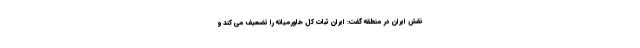
نقش ایران در منطقه گفت: ایران ثبات کل خاورمیانه را تضعیف می کند و